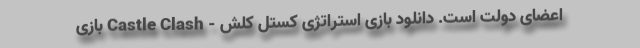
اعضای دولت است. دانلود بازی استراتژی کستل کلش - Castle Clash بازی